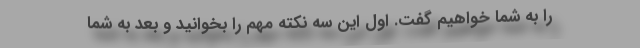
را به شما خواهیم گفت. اول این سه نکته مهم را بخوانید و بعد به شما